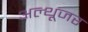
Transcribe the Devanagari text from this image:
अल्थूजर